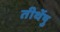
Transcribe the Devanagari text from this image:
तीर्थेषु